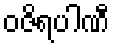
ဝဇိရပါဏီ